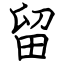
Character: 留